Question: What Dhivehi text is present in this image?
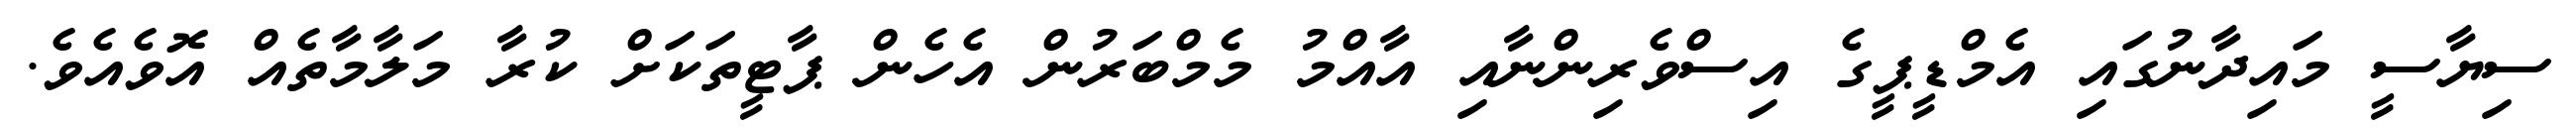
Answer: ސިޔާސީ މައިދާނުގައި އެމްޑީޕީގެ އިސްވެރިންނާއި އާއްމު މެމްބަރުން އެހެން ޕާޓީތަކަށް ކުރާ މަލާމާތެއް އޮވެއެވެ.